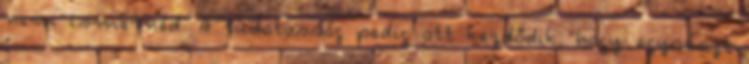
nem ismernéd. A tudatosság pedig ott kezdődik, hogy egyrészt